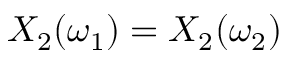
X _ { 2 } ( \omega _ { 1 } ) = X _ { 2 } ( \omega _ { 2 } )